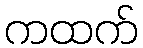
ကထက်